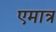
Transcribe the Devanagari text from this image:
एमात्र